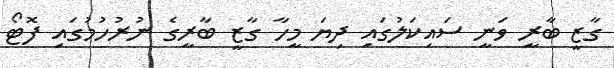
ގާޒީ ބާރީ ވަނީ ސައިކަލުގައި ދިޔަ މީހާ ގާޒީ ބާރީގެ ނުރުހުމުގައި ފޮޓޯ